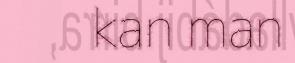
kan man